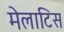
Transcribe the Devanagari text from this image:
मेलाटिस